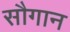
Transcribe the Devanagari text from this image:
सौगान